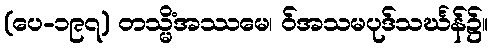
(ပေ-၁၉၇) တသ္မိံအဿမေ၊ ဝ်အသမပုဒ်သင်္ဃန်၌။